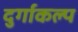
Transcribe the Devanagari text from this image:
दुर्गाकल्प